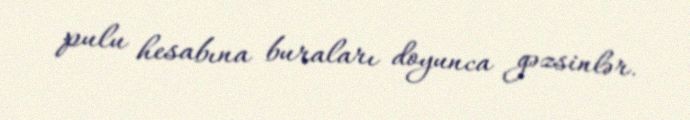
pulu hesabına buraları doyunca gəzsinlər.